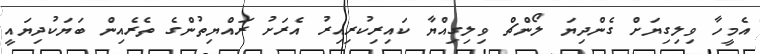
އެމީހާ ވިލިގިޔަށް ގެންދިޔަ ލޯންޗް ވިލިގިއްޔާ ކައިރިކުރިއިރު އެރަށު ރައްޔިތުންގެ ތެރެއިން ބަޔަކުދިޔައީ